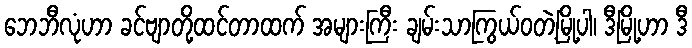
ဘေဘီလုံဟာ ခင်ဗျာတို့ထင်တာထက် အများကြီး ချမ်းသာကြွယ်ဝတဲ့မြို့ပါ၊ ဒီမြို့ဟာ ဒီ